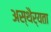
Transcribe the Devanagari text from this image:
अस्थैर्यता